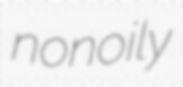
nonoily